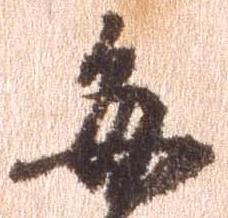
毎